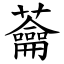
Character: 蘥